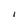
Character: I